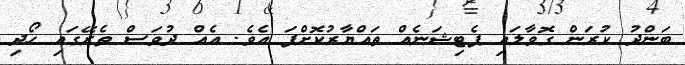
ބަންދު ކުރަން ގޮވާލައި ޕެޓިޝަނެއް ތައްޔާރުކޮށްފަ އެވެ. އެއް ދުވަސް ތެރޭގައި ހޯދި